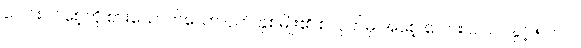
ပေါင်းပင်စေ့ကို စားသောက်သော ငှက် နှစ်မျိုး၏ စလုတ်မှ အစေ့ ပေါင်း ၁၇၀၀နှင့် ၅၀၀၀